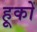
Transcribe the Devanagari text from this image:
हूकों